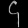
Digit: ၄